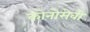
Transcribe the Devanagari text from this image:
कोनोसेबी